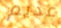
عديم